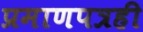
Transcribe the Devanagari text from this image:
प्रमाणपत्रही